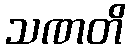
သဏတိ